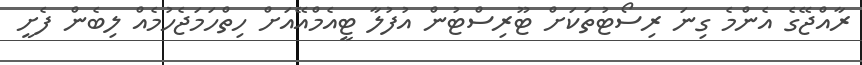
ރާއްޖޭގެ އެންމެ ގިނަ ރިސޯޓުތަކަށް ޓޫރިސްޓުން އުފުލާ ޓީއެމްއޭއަށް ހިތްހަމަޖެހުމެއް ލިބެން ފެށީ